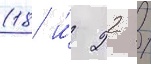
(18 и́ 22 /